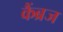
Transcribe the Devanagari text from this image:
कैंब्रज